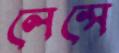
লেন্সে